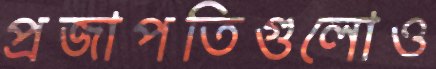
প্রজাপতিগুলোও